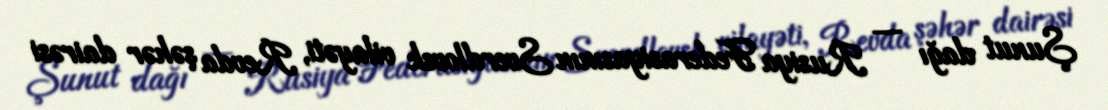
Şunut dağı — Rusiya Federasiyasının Sverdlovsk vilayəti, Revda şəhər dairəsi